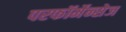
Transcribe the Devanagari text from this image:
परफॉर्मेन्सेज